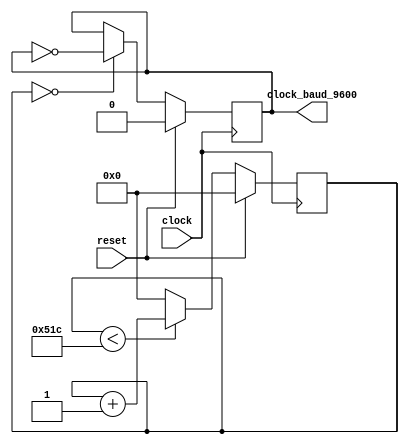
module baud_gen (
    input clock,
    input reset,
    output reg clock_baud_9600
);

// Use 25.175MHz because it is the VGA pixel clock for 640x480
localparam TICKS_PER_BAUD_TICK = 1308; // 25.125MHz clk to 9600 baud
//localparam TICKS_PER_BAUD_TICK = 1302; // 25MHz clk to 9600 baud
//localparam TICKS_PER_BAUD_TICK = 2604; // 50MHz clk to 9600 baud

reg [31:0] counter;

always@(posedge clock) begin
    if(reset)
        counter <= 32'd0;
    else if(counter < TICKS_PER_BAUD_TICK )
        counter <= counter + 32'd1;
    else
        counter <= 32'd0;
end

always@(posedge clock) begin
    if(reset)
        clock_baud_9600 <= 1'b0;
    else if(counter == 32'd0)
        clock_baud_9600 <= ~clock_baud_9600;
end

endmodule